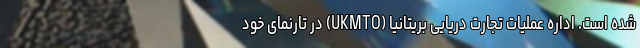
شده است. اداره عملیات تجارت دریایی بریتانیا (UKMTO) در تارنمای خود